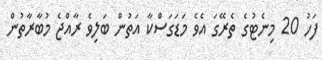
ފަހު 20 މިނެޓުގެ ތެރޭގަ އެވެ މަޑަގަސްކާ އަތުން ބަލިވެ ރާއްޖެ މުބާރާތުން